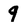
Character: 9